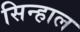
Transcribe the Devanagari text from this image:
सिन्हाल